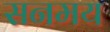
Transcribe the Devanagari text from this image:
सनमय